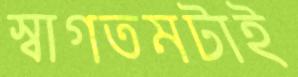
স্বাগতমটাই